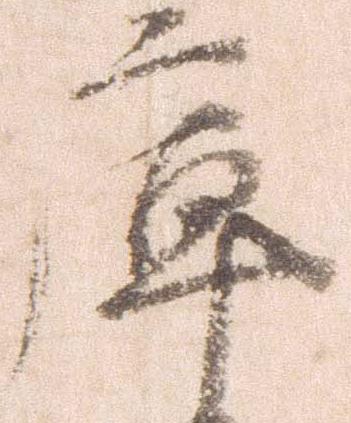
庫